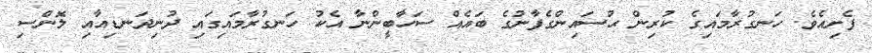
ފެށިއެވެ. ހަނގުރާމައިގެ ކުރިން ޙުސައިންގެފާނުގެ ބައެއް ސަހާބީންނާ އެކު ހަނގުރާމައިގައި ދުނިދަނޑިއާއި ލޮންސި